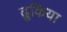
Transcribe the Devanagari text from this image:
ढूकिया